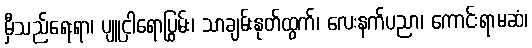
မှီသည်ရေးရာ၊ ပျူငှါရောပြွမ်း၊ သာချမ်းနုတ်ထွက်၊ လေးနက်ပညာ၊ ကောင်းရာမဆံ၊